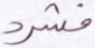
فشرد